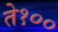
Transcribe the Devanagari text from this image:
ते१००